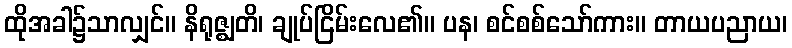
ထိုအခါ၌သာလျှင်။ နိရုဇ္ဈတိ၊ ချုပ်ငြိမ်းလေ၏။ ပန၊ စင်စစ်သော်ကား။ တာယပညာယ၊